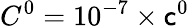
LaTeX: C^{0}=10^{-7}\times\mathsf{c}^{0}